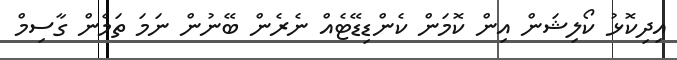
އިދިކޮޅު ކޯލިޝަން އިން ކޮމަން ކެންޑިޑޭޓެއް ނެެރެން ބޭނުން ނަމަ ތަމެން ގާސިމް